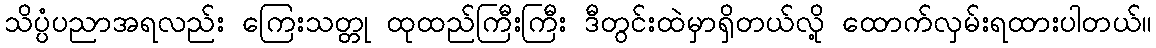
သိပ္ပံပညာအရလည်း ကြေးသတ္တု ထုထည်ကြီးကြီး ဒီတွင်းထဲမှာရှိတယ်လို့ ထောက်လှမ်းရထားပါတယ်။